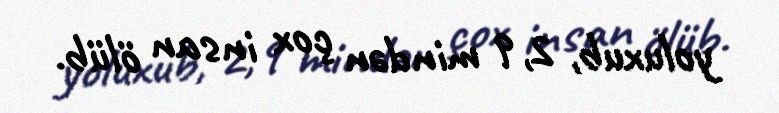
yoluxub, 2,9 mindən çox insan ölüb.